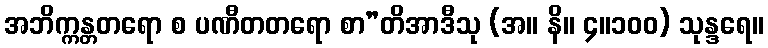
အဘိက္ကန္တတရော စ ပဏီတတရော စာ”တိအာဒီသု (အ။ နိ။ ၄။၁၀၀) သုန္ဒရေ။